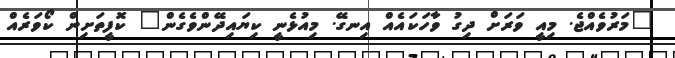
"މަރުވެއްޖެ. މިއީ ވަރަށް ދިގު ވާހަކައެއް އިނގޭ. މިއުޅެނީ ކިޔައިދޭންވެގެން" ކޮފީތަށިން ކޯވަރެއް